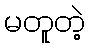
မတူတဲ့